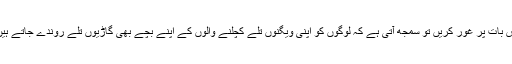
اس بات پر غور کریں تو سمجھ آتی ہے کہ لوگوں کو اپنی ویگنوں تلے کچلنے والوں کے اپنے بچے بھی گاڑیوں تلے روندے جاتے ہیں۔